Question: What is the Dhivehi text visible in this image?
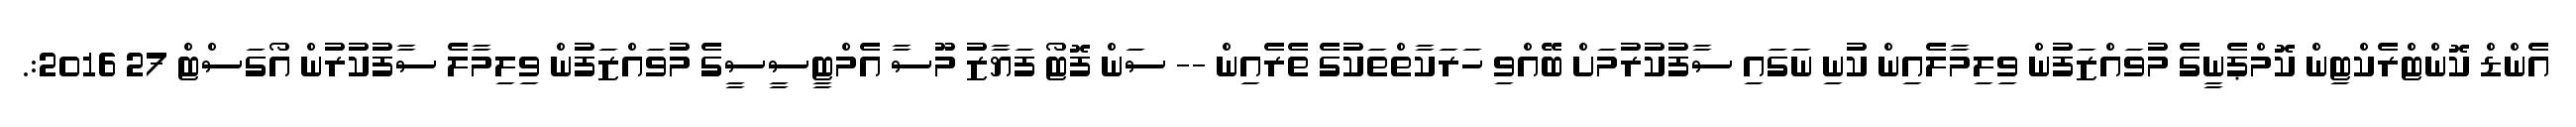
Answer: އެންޑް ކޮންޓްރެކްޓިން ކޮމްޕެނީގެ މުވައްޒަފުން ވިލިމާލެއިން ކުނި ނަގައި ސާފުކުރުމަށް ބޭއްވި ހަރަކާތްތަކުގެ ތެރެއިން -- ސަން ފޮޓޯ ފަޔާޒު މޫސާ އެމްޓީސީސީގެ މުވައްޒަފުން ވިލިމާލެ ސާފުކުރުން އޯގަސްޓް 27 2016:.